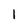
Character: 1